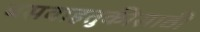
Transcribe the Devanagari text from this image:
बसवाहतुकीसाठी